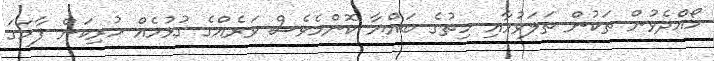
ހޯއްދެވުން ތަކުން ތަލަވުމާއި ހިތުގެ ބައްޔާ ކޮންމެވެސް ވަރެއްގެ ގުޅުމެއް ހުރިކަން ފާހަގަ